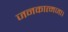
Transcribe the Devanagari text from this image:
जनकात्मजा।